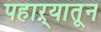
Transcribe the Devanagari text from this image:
पहाऱ्यातून